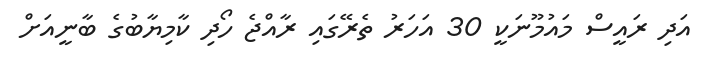
އަދި ރައީސް މައުމޫނަކީ 30 އަހަރު ތެރޭގައި ރާއްޖެ ހޯދި ކާމިޔާބުގެ ބާނީއަށް